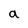
Character: a